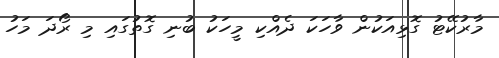
މާރުކޭޓު ގޮޅިއަކުން ވާހަކަ ދެއްކި މީހަކު ބުނި ގޮތުގައި މި ރޯދަ މަހު